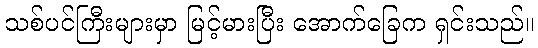
သစ်ပင်ကြီးများမှာ မြင့်မားပြီး အောက်ခြေက ရှင်းသည်။